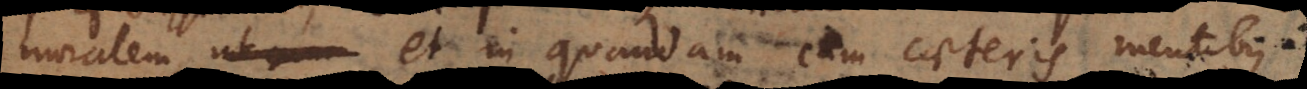
moralem, et in quandam cum caeteris mentibus